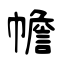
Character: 幨